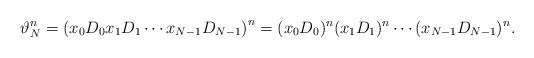
LaTeX: \begin{align*}\vartheta_{N}^n = \left(x_0D_0x_1D_1\cdots x_{N-1}D_{N-1}\right)^n = (x_0D_0)^n(x_1D_1)^n \cdots (x_{N-1}D_{N-1})^n.\end{align*}